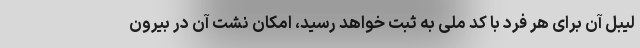
لیبل آن برای هر فرد با کد ملی به ثبت خواهد رسید، امکان نشت آن در بیرون